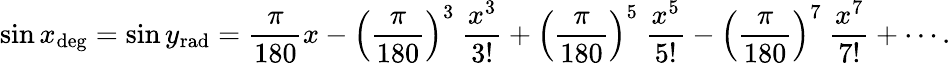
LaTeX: \sin x_{\mathrm{deg}}=\sin y_{\mathrm{rad}}={\frac{\pi}{180}}x-\left({\frac{\pi}{180}}\right)^{3}\ {\frac{x^{3}}{3!}}+\left({\frac{\pi}{180}}\right)^{5}\ {\frac{x^{5}}{5!}}-\left({\frac{\pi}{180}}\right)^{7}\ {\frac{x^{7}}{7!}}+\cdots.